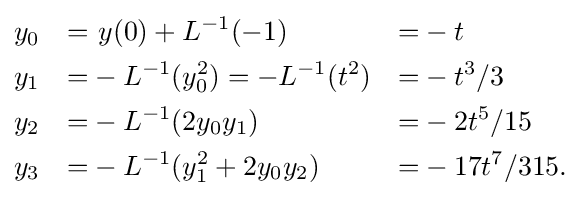
{\begin{aligned}&y_{0}&=&\ y(0)+L^{-1}(-1)&=&-t\\&y_{1}&=&-L^{-1}(y_{0}^{2})=-L^{-1}(t^{2})&=&-t^{3}/3\\&y_{2}&=&-L^{-1}(2y_{0}y_{1})&=&-2t^{5}/15\\&y_{3}&=&-L^{-1}(y_{1}^{2}+2y_{0}y_{2})&=&-17t^{7}/315.\end{aligned}}